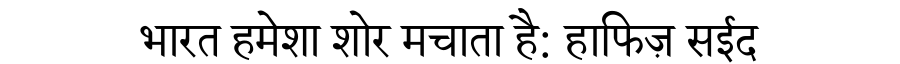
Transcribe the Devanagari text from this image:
भारत हमेशा शोर मचाता है: हाफिज़ सईद